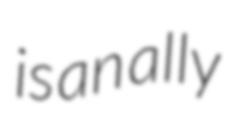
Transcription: is an ally